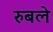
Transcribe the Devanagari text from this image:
रुबले